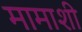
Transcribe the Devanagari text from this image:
मामाशी